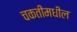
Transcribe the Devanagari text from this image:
चकतीमधील